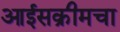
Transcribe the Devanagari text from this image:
आईसक्रीमचा